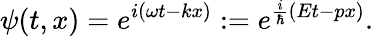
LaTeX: \psi(t,x)=e^{i(\omega t-kx)}:=e^{\frac{i}{\hbar}(Et-px)}.